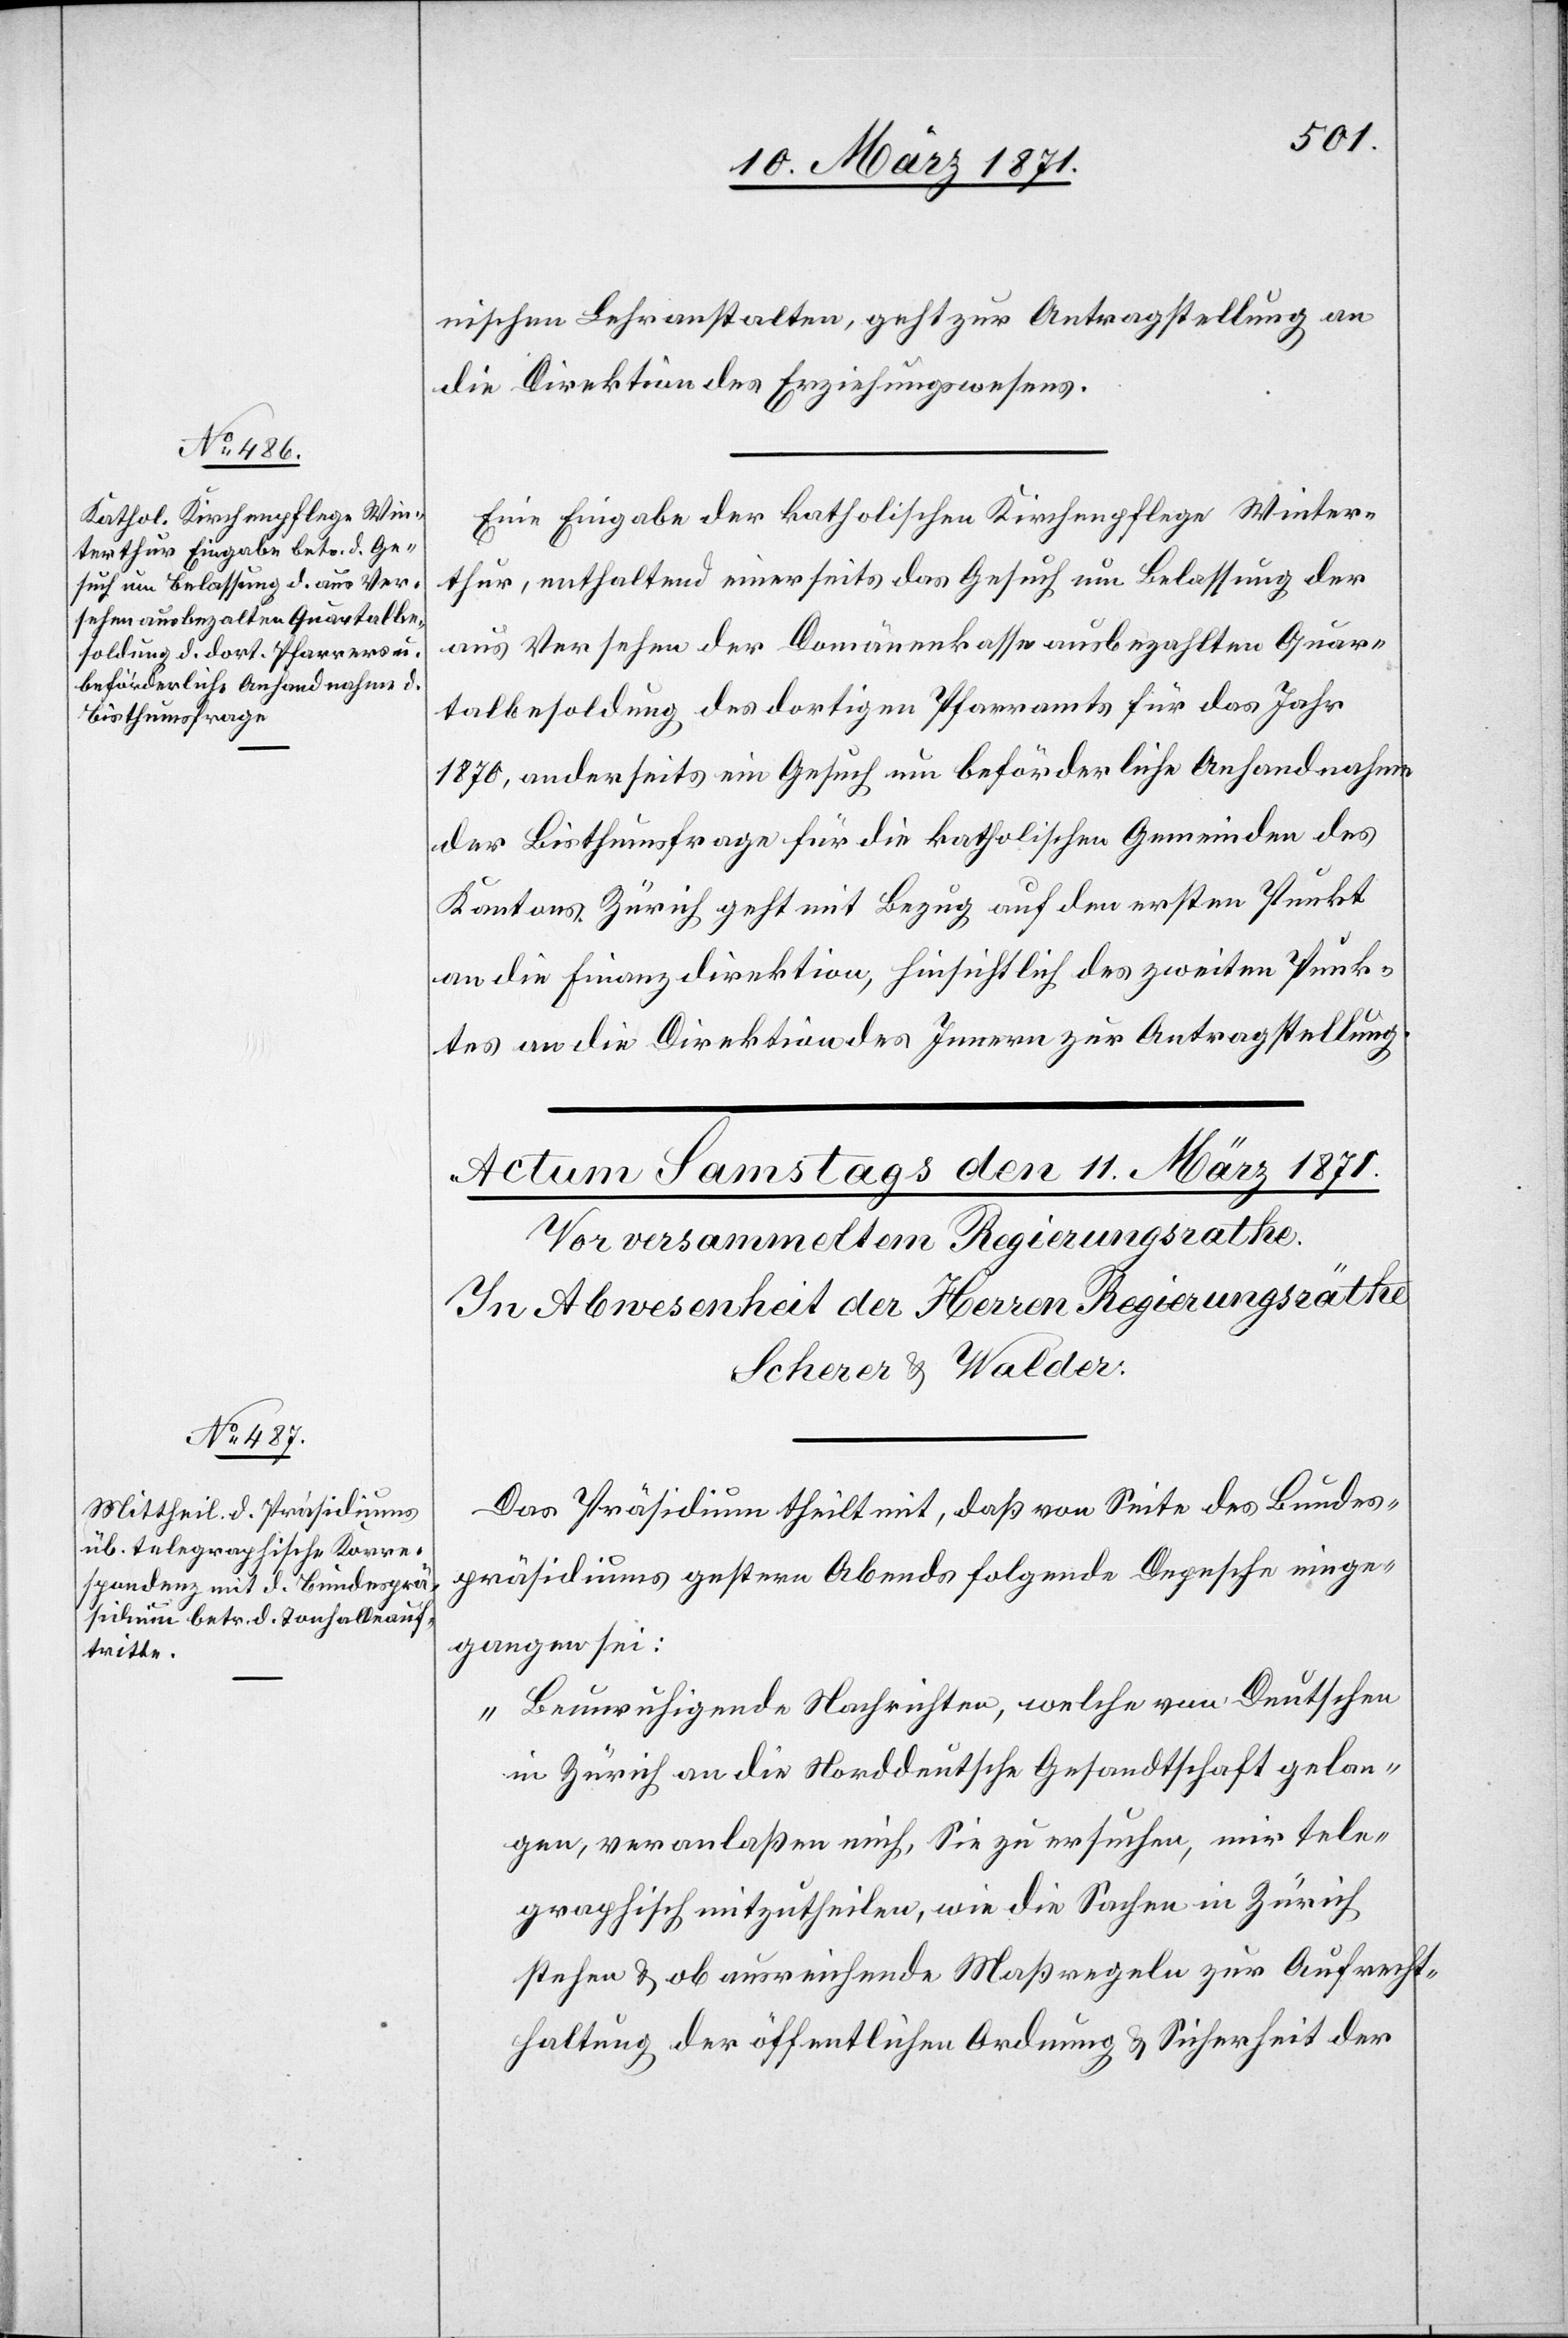
10. März 1871.]
nischen Lehranstalten, geht zur Antragstellung an
die Direktion des Erziehungswesens.
Eine Eingabe der katholischen Kirchenpflege Winter¬
thur, enthaltend einerseits das Gesuch um Belassung der
aus Versehen der Domänenkasse ausbezahlten Quar¬
talbesoldung des dortigen Pfarramts für das Jahr
1870, anderseits ein Gesuch um beförderliche Anhandnahme
der Bisthumsfragen für die katholischen Gemeinden des
Kantons Zürich geht mit Bezug auf den ersten Punkt
an die Finanzdirektion, hinsichtlich des zweiten Punk¬
tes an die Direktion des Innern zur Antragstellung.
Das Präsidium theilt mit, daß von Seite des Bundes¬
präsidiums gestern Abend folgende Depesche einge¬
gangen sei:
„Beunruhigende Nachrichten, welche von Deutschen
in Zürich an die Norddeutsche Gesandtschaft gelan¬
gen, veranlaßen mich, Sie zu ersuchen, mir tele¬
graphisch mitzutheilen, wie die Sachen in Zürich
stehen u. ob ausreichende Maßregeln zur Aufrecht¬
haltung der öffentlichen Ordnung u. Sicherheit der